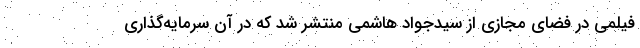
فیلمی در فضای مجازی از سیدجواد هاشمی منتشر شد که در آن سرمایه‌گذاری